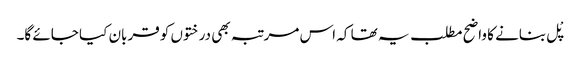
پْل بنانے کا واضح مطلب یہ تھا کہ اس مرتبہ بھی درختوں کو قربان کیا جائے گا۔